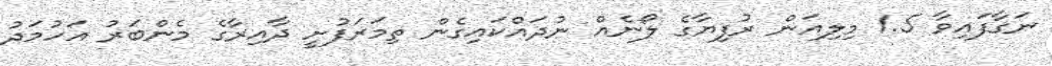
ނަގާފައިވާ 1.5 މިލިއަން ރުފިޔާގެ ލޯނެއް ނުދައްކައިގެން ތިމަރަފުށީ ދާއިރާގެ މެންބަރު އަހުމަދު